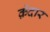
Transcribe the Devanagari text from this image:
क़ेदार